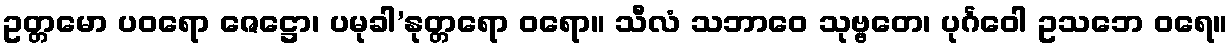
ဥတ္တမော ပဝရော ဇေဋ္ဌော၊ ပမုခါ’နုတ္တရော ဝရော။ သီလံ သဘာဝေ သုဗ္ဗတေ၊ ပုင်္ဂဝေါ ဥသဘေ ဝရေ။